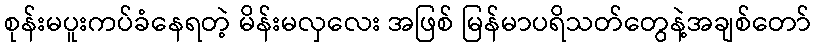
စုန်းမပူးကပ်ခံနေရတဲ့ မိန်းမလှလေး အဖြစ် မြန်မာပရိသတ်တွေနဲ့အချစ်တော်